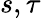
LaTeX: s,\tau